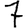
Digit: 7